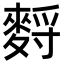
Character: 𪌳